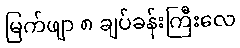
မြက်ဖျာ ၈ ချပ်ခန်းကြီးလေ